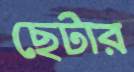
ছেটার